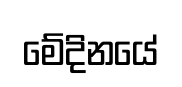
මේදිනයේ